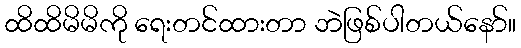
ထိထိမိမိကို ရေးတင်ထားတာ ဘဲဖြစ်ပါတယ်နော်။